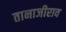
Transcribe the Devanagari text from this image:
तानाजीराव